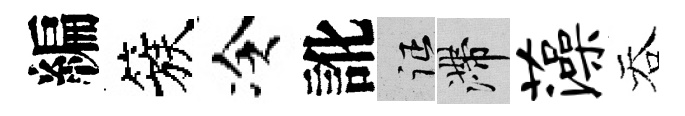
編簇冷訛征滯藻吞